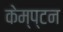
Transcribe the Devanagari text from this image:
केम्प्टन